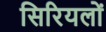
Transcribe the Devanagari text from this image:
सिरियलों